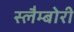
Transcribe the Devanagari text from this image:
स्लैम्बोरी